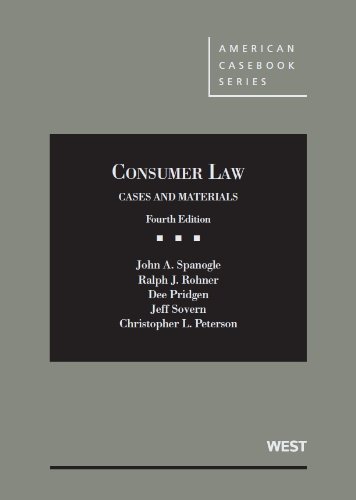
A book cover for Consumer Law (American Casebook Series); John Spanogle; Law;